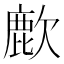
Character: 𫜌